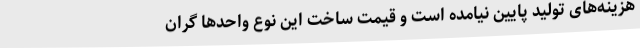
هزینه‌های تولید پایین نیامده ‌است و قیمت ساخت این نوع واحدها گران